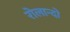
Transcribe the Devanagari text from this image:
रोलान्दो